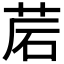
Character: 𦯰